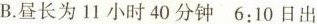
B.昼长为11小时40分钟6:10日出